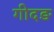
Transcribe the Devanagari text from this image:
गीदङ